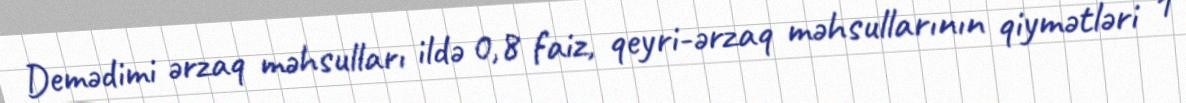
Demədimi ərzaq məhsulları ildə 0,8 faiz, qeyri-ərzaq məhsullarının qiymətləri 1